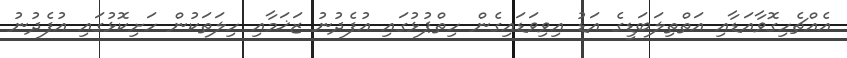
އެއްޗެހިގޮވާއަޑާއި އަތްތިލަބަޑީގެ އަޑު އިވިވަޑައިގެން ހިތްޕުޅުގައި އުފެދުނު ޒަޚަމާއި ހިލަތަކުން ހަށިކޮޅުގައި އުފެދުނު